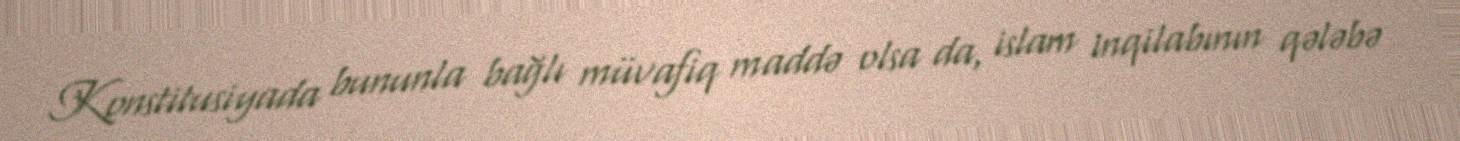
Konstitusiyada bununla bağlı müvafiq maddə olsa da, islam inqilabının qələbə